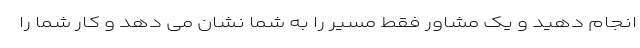
انجام دهید و یک مشاور فقط مسیر را به شما نشان می دهد و کار شما را